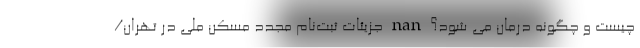
چیست و چگونه درمان می شود؟ nan جزیئات ثبت‌نام مجدد مسکن ملی در تهران/